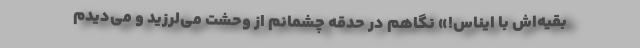
بقیه‌اش با ایناس!» نگاهم در حدقه چشمانم از وحشت می‌لرزید و می‌دیدم